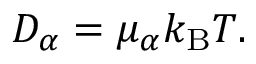
\begin{array} { r } { D _ { \alpha } = \mu _ { \alpha } k _ { \mathrm { B } } T . } \end{array}